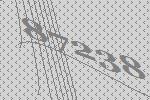
87238